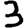
Digit: 3